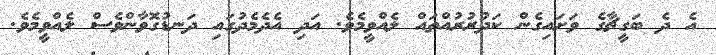
އެ ދެ ބަގީޗާގެ ވަށައިގެން ކަދުރުރުއްތައް ލެއްވީމެވެ. އަދި އެދެމެދުގައި ދަނޑުގޮވާންވެސް ލެއްވީމެވެ.